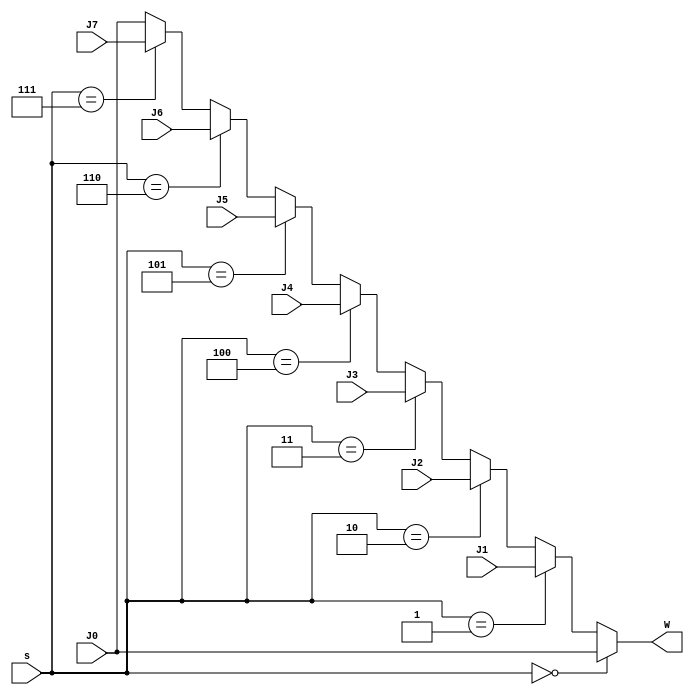
module Mux_8to1 #(parameter N = 32) (s, J7, J6, J5, J4, J3, J2, J1, J0, W);
    input [2:0] s;
    input [N-1:0] J0, J1, J2, J3, J4, J5, J6, J7;
    output [N-1:0] W;
	assign W = (s == 3'b000) ? J0 :
               (s == 3'b001) ? J1 :
               (s == 3'b010) ? J2 :
               (s == 3'b011) ? J3 :
               (s == 3'b100) ? J4 :
               (s == 3'b101) ? J5 :
               (s == 3'b110) ? J6 :
               (s == 3'b111) ? J7 : J0;
endmodule